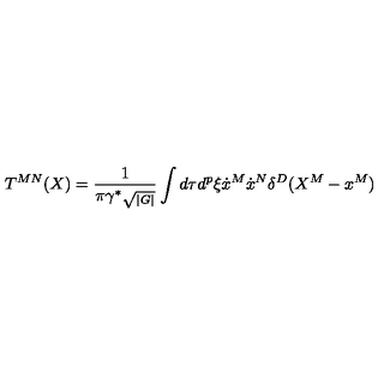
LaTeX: T ^ { M N } ( X ) = { \frac { 1 } { \pi \gamma ^ { \ast } \sqrt { _ { | G | } } } } \int d \tau d ^ { p } \xi \dot { x } ^ { M } \dot { x } ^ { N } \delta ^ { D } ( X ^ { M } - x ^ { M } )